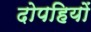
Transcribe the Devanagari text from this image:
दोपहियों